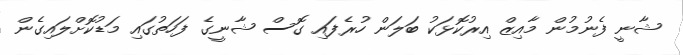
ޝާނީ ފެނުމުން މާއިޒް އިރުކޮޅަކު ބަލަން ހުރެފައި ގޮސް ޝާނީގެ ފަހަތުގައި މަޑުކޮށްލައިގެން